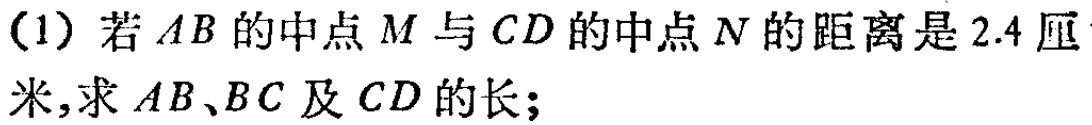
(1) 若 \(AB\) 的中点 \(M\) 与 \(CD\) 的中点 \(N\) 的距离是 \(2.4\) 厘

米,求 \(AB、BC\) 及 \(CD\) 的长；